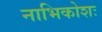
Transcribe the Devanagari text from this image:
नाभिकोशः